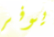
يوفر